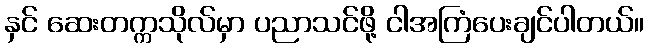
နှင် ဆေးတက္ကသိုလ်မှာ ပညာသင်ဖို့ ငါအကြံပေးချင်ပါတယ်။